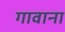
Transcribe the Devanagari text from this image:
गावाना